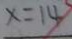
x = 1 4